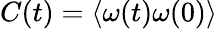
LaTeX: C(t)=\left\langle\omega(t)\omega(0)\right\rangle